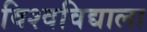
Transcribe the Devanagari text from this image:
विश्वविद्याला